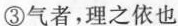
③气者，理之依也